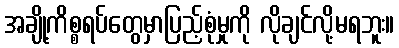
အချို့ကိစ္စရပ်တွေမှာပြည့်စုံမှုကို လိုချင်လို့မရဘူး။